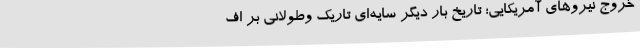
خروج نیروهای آمریکایی؛ تاریخ بار دیگر سایه‌ای تاریک وطولانی بر اف